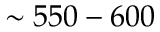
\sim 5 5 0 - 6 0 0